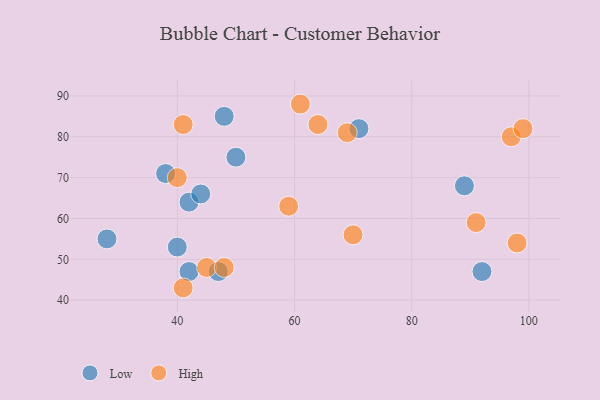
{"axis": {"x": "GDP", "y": "Life Expectancy"}, "legend": ["High", "Low"], "data": [{"x": "42", "y": 47, "type": "Low"}, {"x": "92", "y": 47, "type": "Low"}, {"x": "38", "y": 71, "type": "Low"}, {"x": "50", "y": 75, "type": "Low"}, {"x": "89", "y": 68, "type": "Low"}, {"x": "40", "y": 53, "type": "Low"}, {"x": "48", "y": 85, "type": "Low"}, {"x": "71", "y": 82, "type": "Low"}, {"x": "42", "y": 64, "type": "Low"}, {"x": "47", "y": 47, "type": "Low"}, {"x": "28", "y": 55, "type": "Low"}, {"x": "44", "y": 66, "type": "Low"}, {"x": "91", "y": 59, "type": "High"}, {"x": "97", "y": 80, "type": "High"}, {"x": "61", "y": 88, "type": "High"}, {"x": "45", "y": 48, "type": "High"}, {"x": "70", "y": 56, "type": "High"}, {"x": "64", "y": 83, "type": "High"}, {"x": "40", "y": 70, "type": "High"}, {"x": "41", "y": 83, "type": "High"}, {"x": "41", "y": 43, "type": "High"}, {"x": "59", "y": 63, "type": "High"}, {"x": "99", "y": 82, "type": "High"}, {"x": "69", "y": 81, "type": "High"}, {"x": "98", "y": 54, "type": "High"}, {"x": "48", "y": 48, "type": "High"}]}